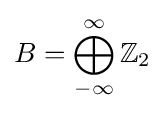
B=\bigoplus _{-\infty }^{\infty }\mathbb {Z} _{2}